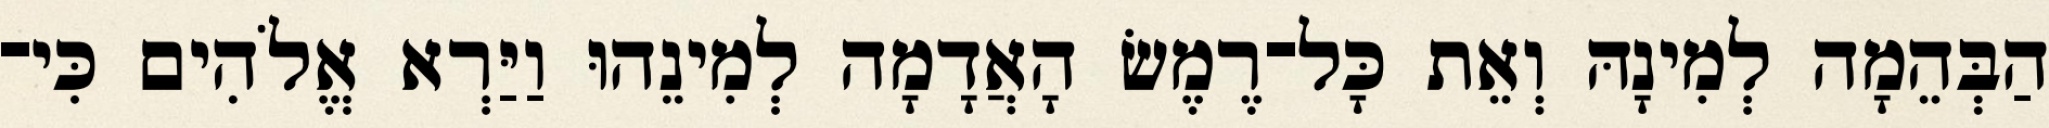
הַבְּהֵמָה לְמִינָהּ וְאֵת כָּל־רֶמֶשׂ הָאֲדָמָה לְמִינֵהוּ וַיַּרְא אֱלֹהִים כִּי־